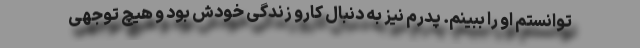
توانستم او را ببینم. پدرم نیز به دنبال کارو زندگی خودش بود و هیچ توجهی